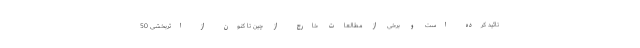
تائید کرده است و برخی از مطالعات خارج از چین تا کنون از اثربخشی 50